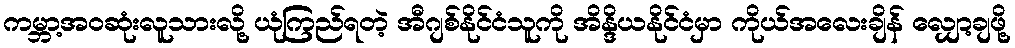
ကမ္ဘာ့အဝဆုံးလူသားလို့ ယုံကြည်ရတဲ့ အီဂျစ်နိုင်ငံသူကို အိန္ဒိယနိုင်ငံမှာ ကိုယ်အလေးချိန် လျှော့ချဖို့